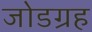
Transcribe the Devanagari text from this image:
जोडग्रह